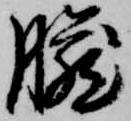
臓